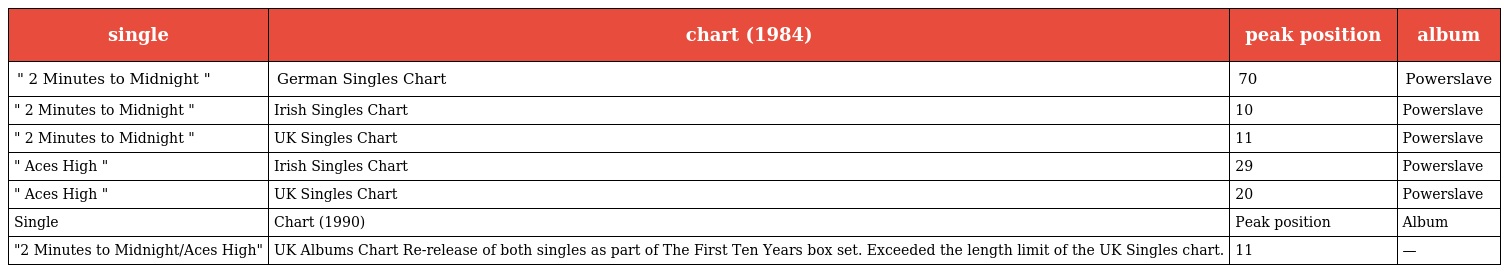
| single | chart (1984) | peak position | album |
 | --- | --- | --- | --- |
 | " 2 Minutes to Midnight " | German Singles Chart | 70 | Powerslave |
 | " 2 Minutes to Midnight " | Irish Singles Chart | 10 | Powerslave |
 | " 2 Minutes to Midnight " | UK Singles Chart | 11 | Powerslave |
 | " Aces High " | Irish Singles Chart | 29 | Powerslave |
 | " Aces High " | UK Singles Chart | 20 | Powerslave |
 | Single | Chart (1990) | Peak position | Album |
 | "2 Minutes to Midnight/Aces High" | UK Albums Chart Re-release of both singles as part of The First Ten Years box set. Exceeded the length limit of the UK Singles chart. | 11 | — |